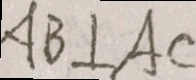
A B \bot A C